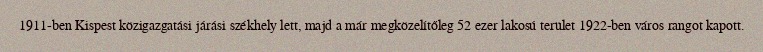
1911-ben Kispest közigazgatási járási székhely lett, majd a már megközelítőleg 52 ezer lakosú terület 1922-ben város rangot kapott.